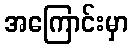
အကြောင်းမှာ